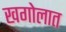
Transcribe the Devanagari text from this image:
खगोलात